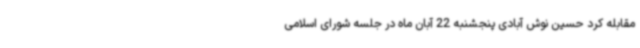
مقابله کرد حسین نوش آبادی پنجشنبه 22 آبان ماه در جلسه شورای اسلامی